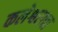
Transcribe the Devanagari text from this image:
कलेश्वराचा